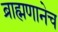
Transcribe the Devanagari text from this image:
ब्राह्मणानेच